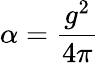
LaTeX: \alpha={\frac{g^{2}}{4\pi}}